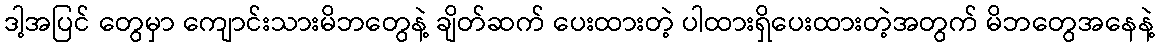
ဒါ့အပြင် တွေမှာ ကျောင်းသားမိဘတွေနဲ့ ချိတ်ဆက် ပေးထားတဲ့ ပါထားရှိပေးထားတဲ့အတွက် မိဘတွေအနေနဲ့